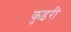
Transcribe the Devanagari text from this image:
कुइरी